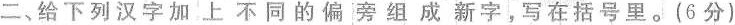
二、给下列汉字加上不同的偏旁组成新字，写在括号里。（6分）